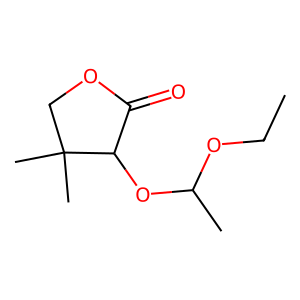
SMILES: CCOC(C)OC1C(=O)OCC1(C)C
Inhibits HIV replication: No